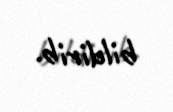
bildirib.